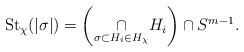
LaTeX: \begin{align*}{\rm St}_\chi(|\sigma|)=\left(\underset{\sigma\subset H_i\in H_\chi}{\cap}H_i\right)\cap S^{m-1}.\end{align*}